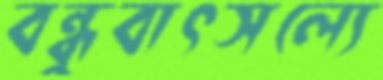
বন্ধুবাৎসল্যে